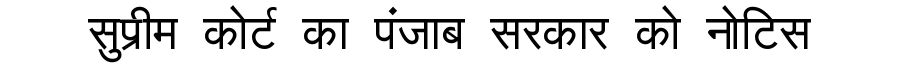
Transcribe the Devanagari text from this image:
सुप्रीम कोर्ट का पंजाब सरकार को नोटिस